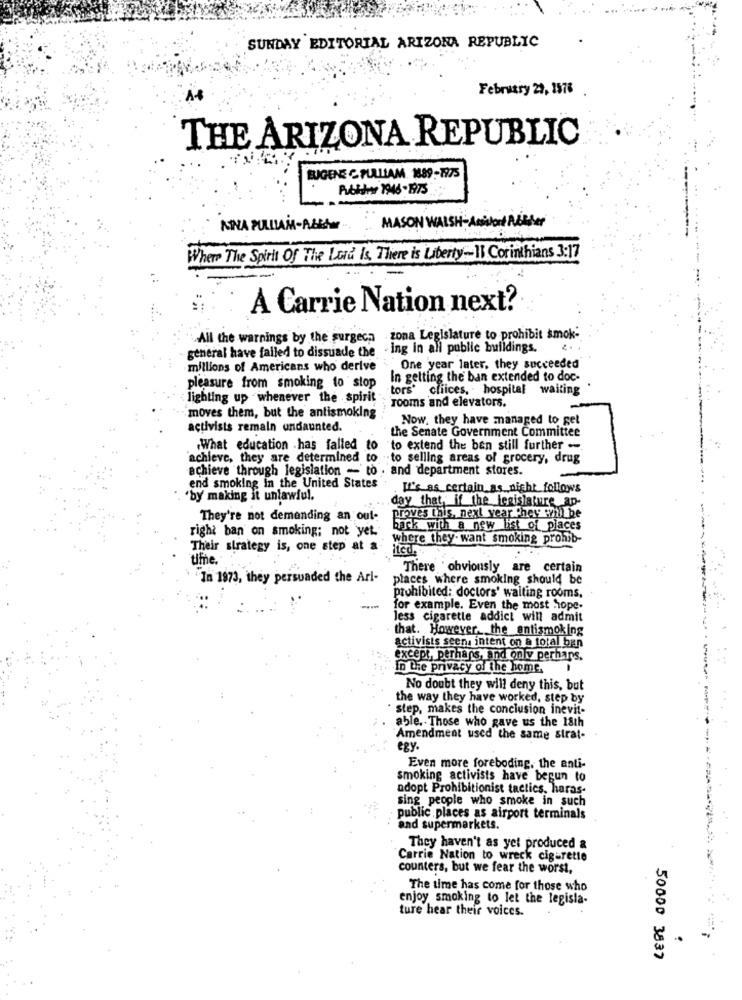
SUNDAY EDITORIAL ARIZONA REPUBLIC
February 29, 1578
THE ARIZONA REPUBLIC
BIGENE C PULLIAM 1889-1975
Pubkine 1946 -1975
MINA PULLIAM-ALLA
MASO
WALSH-Accident Mother
Where The Spirit Of The Lord Is There is Liberty-11 Corinthians 3:17
A Carrie Nation next?
All the warnings by the surgeca zona Legislature to prohibit smok-
general have failed to dissuade the - ing in all public buildings.
millions of Americans who derive
One year later, they succeeded
In gelting the ban extended to doc-
pleasure from smoking to stop
"tors' cliices, . hospital waiting
lighting up whenever the spirit
rooms and elevators.
moves them, but the antismoking
Now, they have managed to get
activists remain undaunted.
the Senate Government Committee
.What education has failed to
to extend the ben still further -
achieve, they are determined to
"to selling areas of grocery, drug
achieve through legislation - to . and department stores.
end smoking in the United States
It's as certain as night follows
'by making it unlawful.
day that, if the legislature ap-
They're not demanding an out-
proves this, next year they will be
right ban on smoking; not yet.
back with a new list of places
where they- want smoking prohib-
Their strategy is, one step at a
tifne.
There obviously are certain
In 1973, they persuaded the Arl-
places where smoking should be
prohibited: doctors' waiting rooms.
for example. Even the most hope.
less cigarette addict will admit
that. However, the antismoking
activists seen intent on a total ban
except, perhaps, and only perhaps.
In the privacy of the home.
No doubt they will deny this, but
the way they have worked, step by
step, makes the conclusion inevit-
able. Those who gave us the 18th
Amendment used the same strat-
egy.
Even more foreboding, the anti-
smoking activists have begun to
adopt Prohibitionist tactics, haras-
sing people who smoke in such
public places as airport terminals
and supermarkets.
They haven't as yet produced &
Carrie Nation to wreck cigarette
counters, but we fear the worst,
The time has come for those who
enjoy smoking to let the legisla-
ture hear their voices.
50000 3837